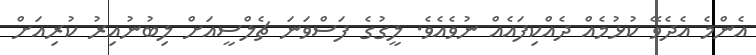
އެންމެ އެދެވޭ ކުޅުމެއް ދެއްކިފައެއް ނުވެއެވެ. ލީގުގެ ފަސްވަނަ ޗެލްސީއަށް ލިބުނުއިރު ކުރިއަށް